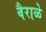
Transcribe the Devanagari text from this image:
वैराळे